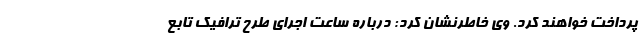
پرداخت خواهند کرد. وی خاطرنشان کرد: درباره ساعت اجرای طرح ترافیک تابع